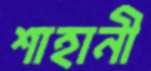
শাহানী